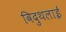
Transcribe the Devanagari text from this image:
विदुथलाई